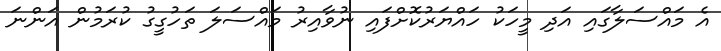
އެ މައްސަލާގައި އަދި މީހަކު ހައްޔަރުކޮށްފައި ނުވާއިރު މައްސަލަ ތަހުގީގު ކުރަމުން އަންނަ